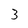
Character: 3